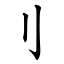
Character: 刂